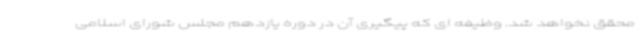
محقق نخواهد شد. وظیفه ای که پیگیری آن در دوره یازدهم مجلس شورای اسلامی